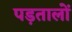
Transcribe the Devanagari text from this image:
पड़तालों